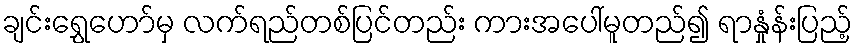
ချင်းရွှေဟော်မှ လက်ရည်တစ်ပြင်တည်း ကားအပေါ်မူတည်၍ ရာနှုံန်းပြည့်